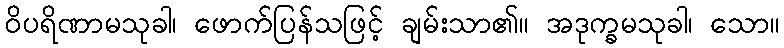
ဝိပရိဏာမသုခါ၊ ဖောက်ပြန်သဖြင့် ချမ်းသာ၏။ အဒုက္ခမသုခါ၊ သော။